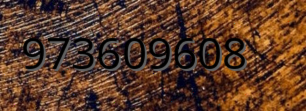
973609608